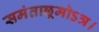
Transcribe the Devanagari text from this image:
समंताछ्रमोऽत्र।